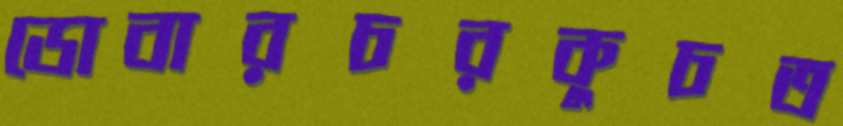
ডোবারচরকুচত